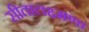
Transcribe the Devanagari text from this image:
सीतालक्ष्मणा